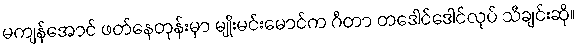
မကျန်အောင် ဖတ်နေတုန်းမှာ မျိုးမင်းမောင်က ဂီတာ တဒေါင်ဒေါင်လုပ် သီချင်းဆို။